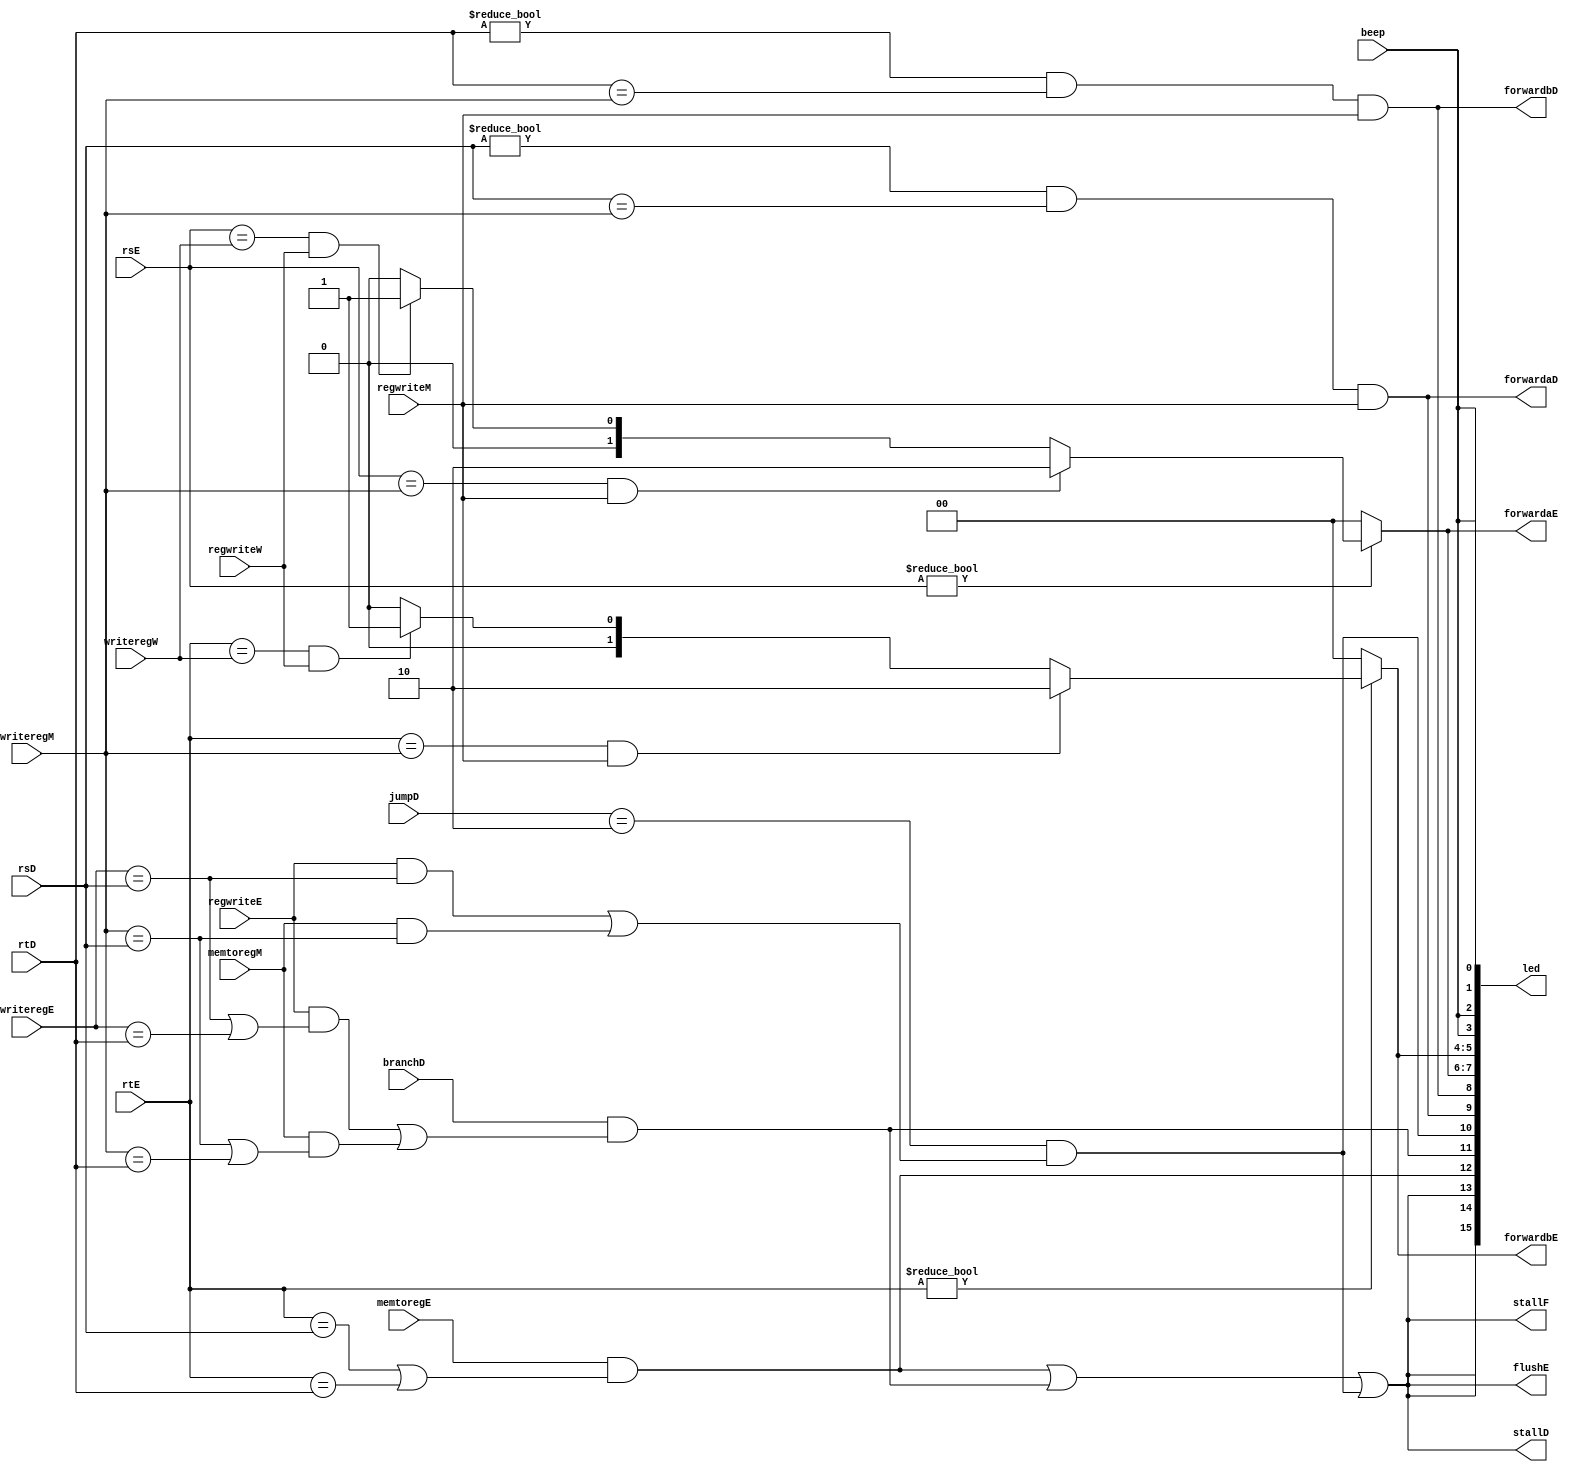
`timescale 1ns / 1ps
//////////////////////////////////////////////////////////////////////////////////
// Company: 
// Engineer: 
// 
// Design Name: 
// Module Name: hazard
// Project Name: 
// Target Devices: 
// Tool Versions: 
// Description: 
// 
// Dependencies: 
// 
// Revision:
// Revision 0.01 - File Created
// Additional Comments:
// 
//////////////////////////////////////////////////////////////////////////////////


module hazard(
    input [4:0] rsD,rtD,rsE,rtE,
    input [4:0] writeregE,writeregM,writeregW,
    input regwriteE,regwriteM,regwriteW,
    input memtoregE,memtoregM,branchD,
    output forwardaD,forwardbD,
    output reg [1:0] forwardaE,forwardbE,
    output stallF,stallD,flushE,
    input [1:0] jumpD,
    output [15:0] led,
    input beep
    );
    
    wire lwstallD,branchstallD;
    wire jalrstallD;
    
    wire [15:0] BEEP;
    
    //forwarding sources to D stage (branch equality)
    assign forwardaD=(rsD!=0 & rsD==writeregM & regwriteM);
    assign forwardbD=(rtD!=0 & rtD==writeregM & regwriteM);
    
    //forwarding sources to E stage (ALU)
    always@(*)
    begin
        forwardaE=2'b00;
        if(rsE!=0)
        begin
            if(rsE==writeregM & regwriteM)
                forwardaE=2'b10;
            else
                if(rsE==writeregW & regwriteW)
                    forwardaE=2'b01;
        end
        
        forwardbE=2'b00;
        if(rtE!=0)
        begin 
            if(rtE==writeregM & regwriteM)
                forwardbE=2'b10;
            else
                if(rtE==writeregW & regwriteW)
                    forwardbE=2'b01;
        end
    end
    
    //stall
    assign lwstallD=memtoregE & (rtE==rsD | rtE==rtD);
    assign branchstallD=branchD & 
                           (regwriteE & (writeregE==rsD | writeregE==rtD) | 
                            memtoregM & (writeregM==rsD | writeregM==rtD));
    assign jalrstallD=(jumpD==2'b10) & 
                         (regwriteE & writeregE==rsD |
                          memtoregM & writeregM==rsD);//jalr waits for the reg to be ready
    
    assign stallD=lwstallD | branchstallD | jalrstallD;
    assign stallF=stallD;//stalling D stalls all previous stages
    assign flushE=stallD;//stalling D flushes next stage
    
    //led BEEP
    assign BEEP={beep,beep,beep,beep,
                 beep,beep,beep,beep,
                 beep,beep,beep,beep,
                 beep,beep,beep,beep};  
    //led display
    assign led={stallF,stallD,flushE,
                lwstallD,branchstallD,jalrstallD,
                forwardaD,forwardbD,
                forwardaE,forwardbE,
                BEEP[3:0]};
    
endmodule